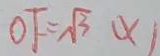
O F = \sqrt { 3 } ( x )